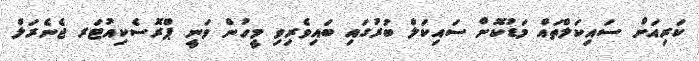
ކަރިއަށް ސައިކަލްތައް މަޑުކޮށް ސައިކަލް ބުރުގައި ބައިވެރިވި މީހުން ވަނީ ޕްރޮސެކިއުޓަރ ޖެނެރަލް